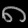
Digit: ၈